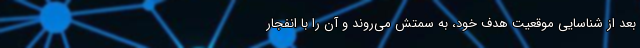
بعد از شناسایی موقعیت هدف خود، به سمتش می‌روند و آن‌ را با انفجار